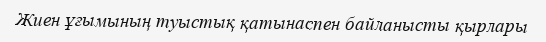
Жиен ұғымының туыстық қатынаспен байланысты қырлары